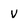
Character: v